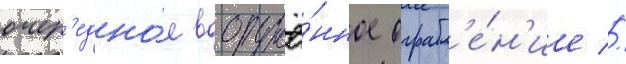
очер'едно́е вооружё́нное ограбл'е́н'ие //